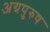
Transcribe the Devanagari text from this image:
अग्रपुरुष